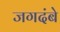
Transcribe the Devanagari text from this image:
जगदंबे